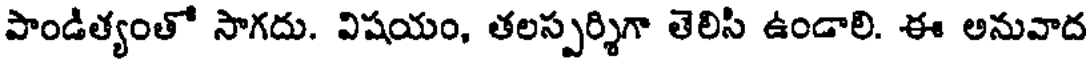
పాండిత్యంతో సాగదు. విషయం, తలస్పర్శిగా తెలిసి ఉండాలి. ఈ అనువాద